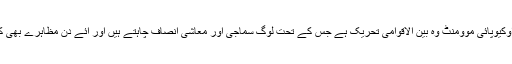
واضح رہے کہ اوکیوپائی موومنٹ وہ بین الاقوامی تحریک ہے جس کے تحت لوگ سماجی اور معاشی انصاف چاہتے ہیں اور آئے دن مظاہرے بھی کرتے رہتے ہیں۔